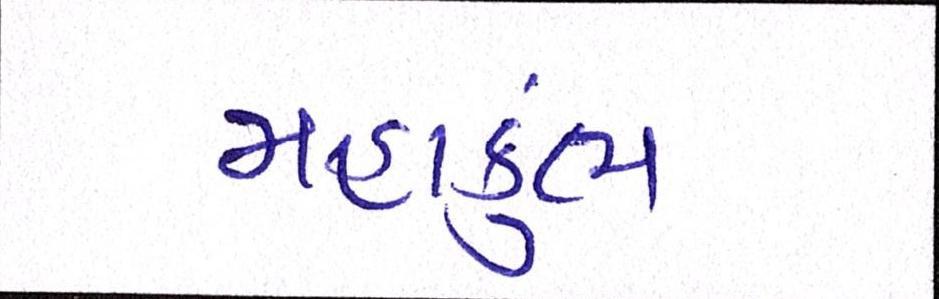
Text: મહાકુંભ